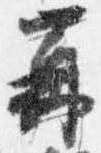
再